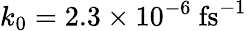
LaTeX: k_{0}=2.3\times 10^{-6}~\mathrm{fs}^{-1}